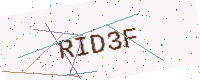
Text: RID3F